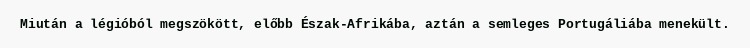
Miután a légióból megszökött, előbb Észak-Afrikába, aztán a semleges Portugáliába menekült.